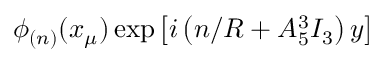
\phi _ { ( n ) } ( x _ { \mu } ) \exp \left[ i \left( n / R + A _ { 5 } ^ { 3 } I _ { 3 } \right) y \right]